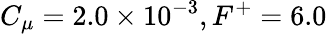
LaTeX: C_{\mu}=2.0\times 10^{-3},F^{+}=6.0